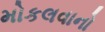
મોકલવાનો